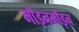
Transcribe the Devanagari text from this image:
मॉइनमॉइन